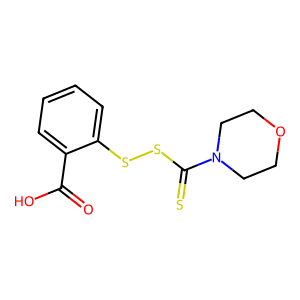
SMILES: O=C(O)c1ccccc1SSC(=S)N1CCOCC1
Inhibits HIV replication: No